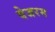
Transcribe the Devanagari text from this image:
वेजरम